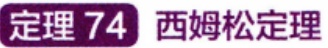
定理 74 西姆松定理